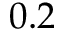
0 . 2